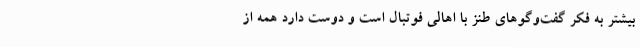
بیشتر به فکر گفت‌وگوهای طنز با اهالی فوتبال است و دوست دارد همه از